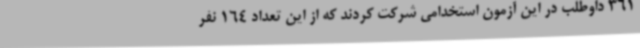
361 داوطلب در این آزمون استخدامی شرکت کردند که از این تعداد 164 نفر